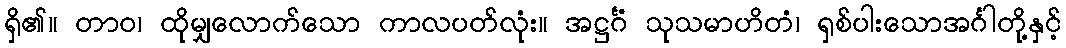
ရှိ၏။ တာဝ၊ ထိုမျှလောက်သော ကာလပတ်လုံး။ အဋ္ဌင်္ဂံ သုသမာဟိတံ၊ ရှစ်ပါးသောအင်္ဂါတို့နှင့်